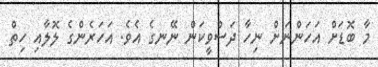
މާ ބޮޑަށް އަހަންނަށް ނިހާ ދަސްވީކަން ނޭނގެ އެވެ. އަހަރެންގެ ލޮލާއި ހިތް